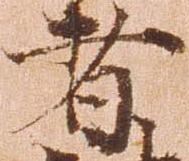
者